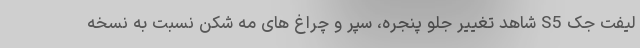
لیفت جک S5 شاهد تغییر جلو پنجره، سپر و چراغ های مه شکن نسبت به نسخه